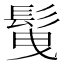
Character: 𩬲